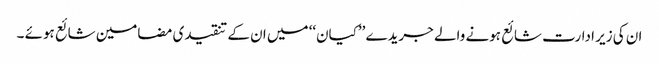
ان کی زیر ادارت شائع ہونے والے جریدے ’’کیان‘‘ میں ان کے تنقیدی مضامین شائع ہوئے ۔